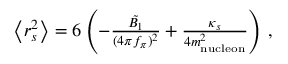
\begin{array} { r } { \left< r _ { s } ^ { 2 } \right> = 6 \left( - \frac { \tilde { B _ { 1 } } } { ( 4 \pi f _ { \pi } ) ^ { 2 } } + \frac { \kappa _ { s } } { 4 m _ { \mathrm { n u c l e o n } } ^ { 2 } } \right) \, , } \end{array}